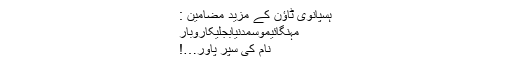
ہسپانوی ٹاؤن کے مزید مضامین :
مہنگائیموسمدنیابجلیکاروبار
نام کی سپر پاور…!